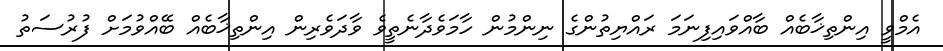
އެމްވީ އިންތިޚާބެއް ބާއްވައިފިނަމަ ރައްޔިތުންގެ ނިންމުން ހާމަވެދާނެތީވެ ވާދަވެރިން އިންތިޚާބެއް ބޭއްވުމަށް ފުރުސަތު